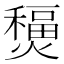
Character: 𤐧